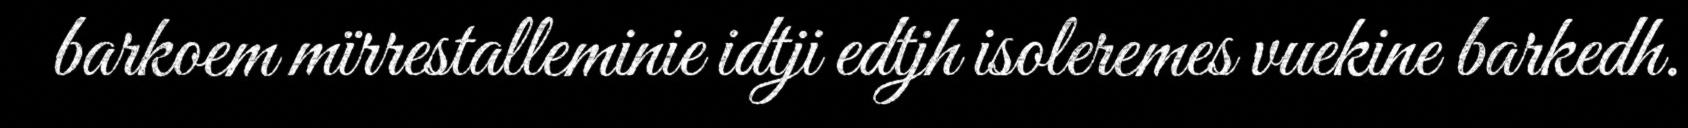
barkoem mïrrestalleminie idtji edtjh isoleremes vuekine barkedh.